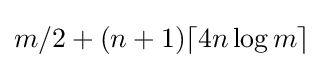
m/2+(n+1)\lceil 4n\log {m}\rceil